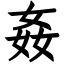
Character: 姦